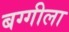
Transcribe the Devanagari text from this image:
बग्गीला